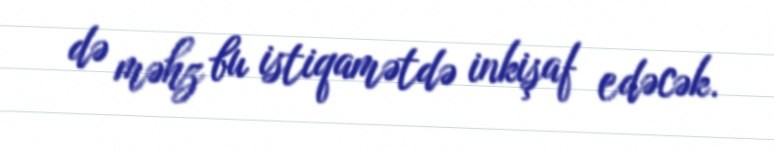
də məhz bu istiqamətdə inkişaf edəcək.